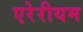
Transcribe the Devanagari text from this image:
एरेरीयम